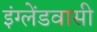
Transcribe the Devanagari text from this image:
इंग्लेंडवासी